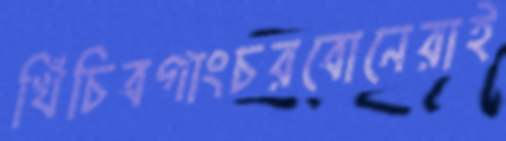
খিঁচিবগাংচরবোনেরাই